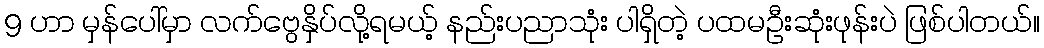
9 ဟာ မှန်ပေါ်မှာ လက်ဗွေနှိပ်လို့ရမယ့် နည်းပညာသုံး ပါရှိတဲ့ ပထမဦးဆုံးဖုန်းပဲ ဖြစ်ပါတယ်။